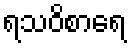
ရသဝိစာရေ